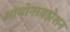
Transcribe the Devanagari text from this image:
आयोनायझेशन